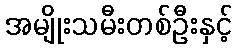
အမျိုးသမီးတစ်ဦးနှင့်